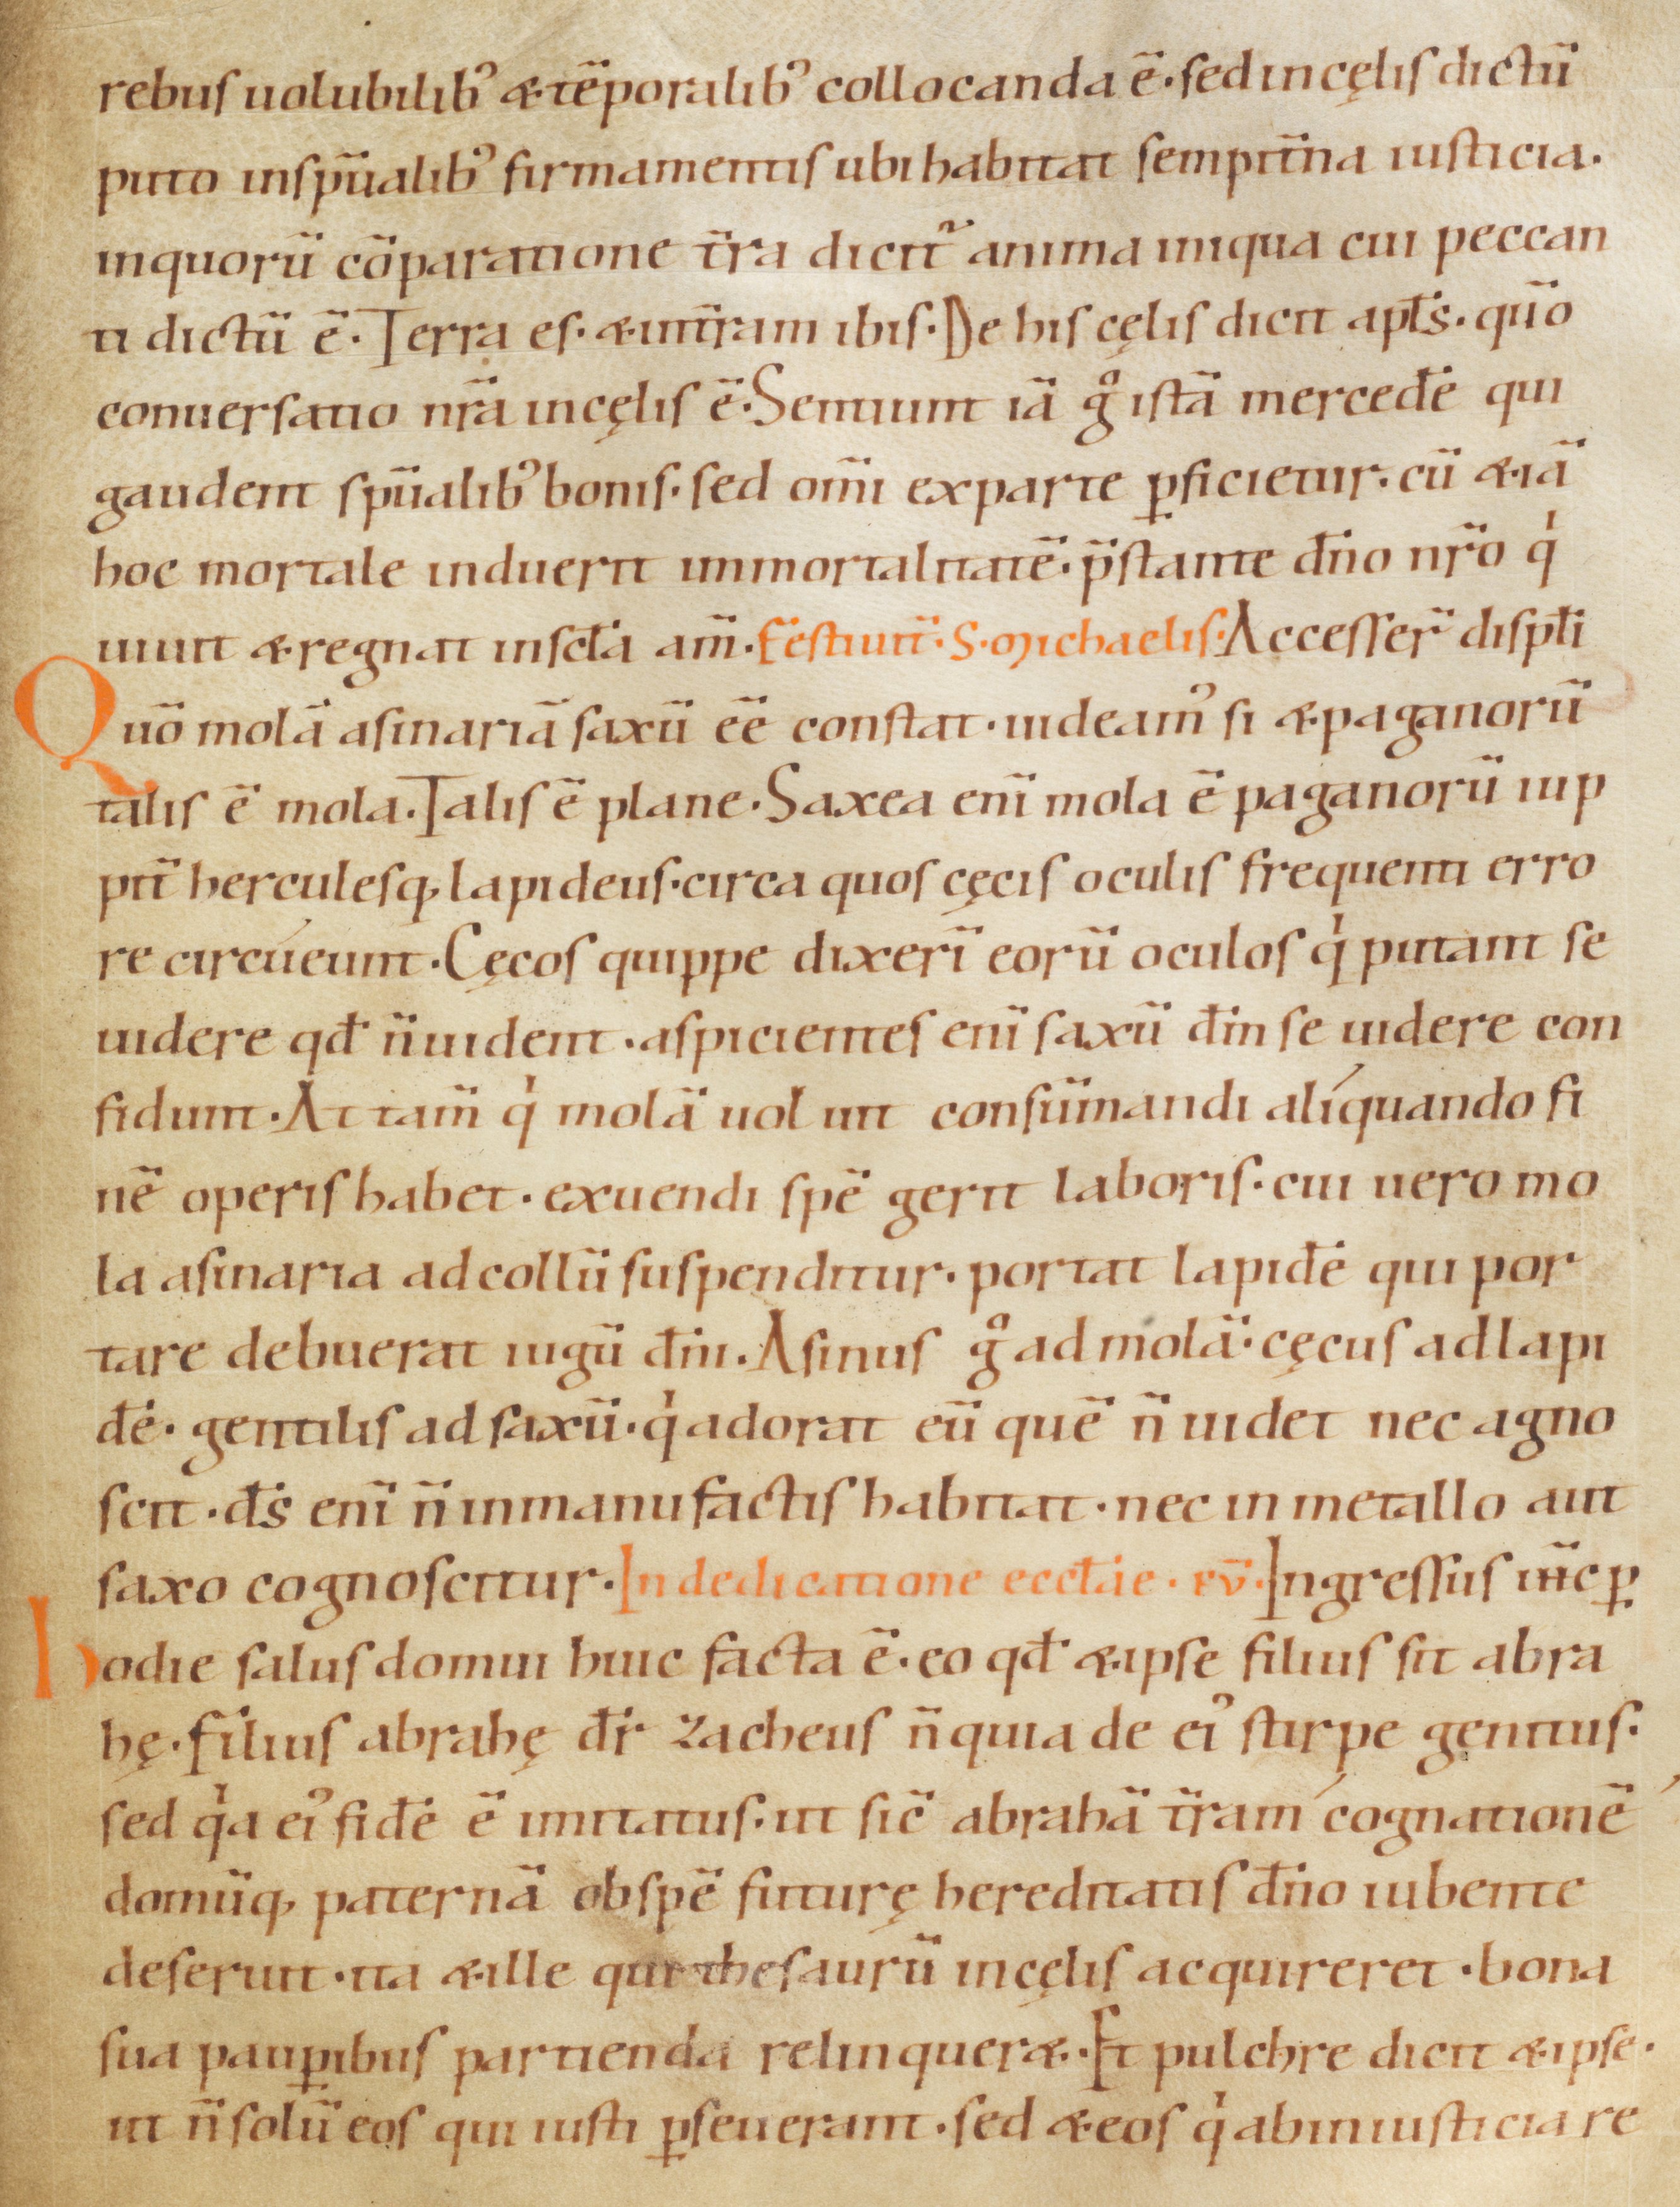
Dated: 1070–1099